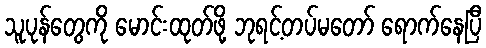
သူပုန်တွေကို မောင်းထုတ်ဖို့ ဘုရင့်တပ်မတော် ရောက်နေပြီ